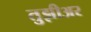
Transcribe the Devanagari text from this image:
तुझीअर